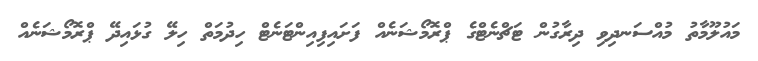
މައުލޫމާތު މުއްސަނދިވި ދިރާގުން ޓަޗްނެޓްގެ ޕްރޮމޯޝަނެއް ފަށައިފިއިންޓަނެޓް ހިދުމަތް ހިލޭ ގުޅައިދޭ ޕްރޮމޯޝަނެއް